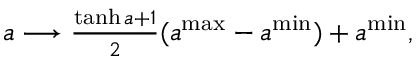
\begin{array} { r } { a \longrightarrow \frac { \operatorname { t a n h } a + 1 } { 2 } ( a ^ { \mathrm { m a x } } - a ^ { \mathrm { m i n } } ) + a ^ { \mathrm { m i n } } , } \end{array}